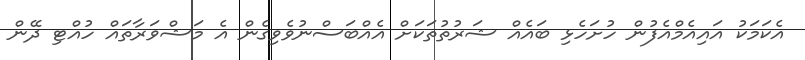
އެކަމަކު އައިއެމްއެފުން ހުށަހެޅި ބައެއް ޝަރުތުތަކަށް އެއްބަސްނުވެވިގެން އެ މަޝްވަރާތައް ހުއްޓި ދޭން